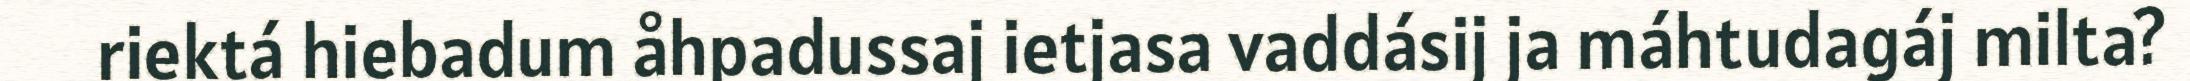
riektá hiebadum åhpadussaj ietjasa vaddásij ja máhtudagáj milta?